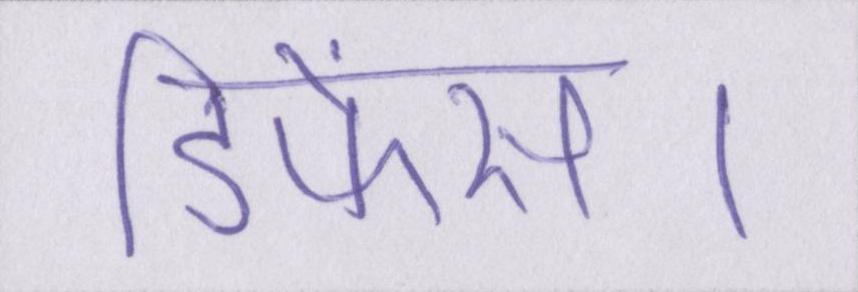
डिफेंस।